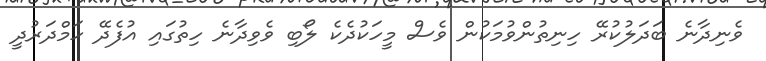
ވެނިދާނެ ބަދަލުކުރޭ ހިނިތުންވުމަކުން ވެސް މީހަކުދެކެ ލޯބި ވެވިދާނެ ހިތުގައި އުފެދޭ ހަމްދަރުދީ